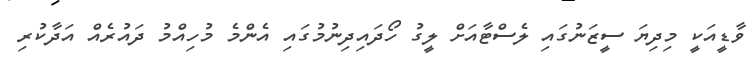
ވާޑީއަކީ މިދިޔަ ސީޒަނުގައި ލެސްޓާއަށް ލީގު ހޯދައިދިނުމުގައި އެންމެ މުހިއްމު ދައުރެއް އަދާކުރި